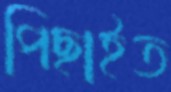
পিছাইত